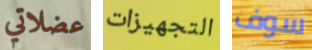
عضلاتي التجهيزات سوف